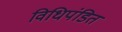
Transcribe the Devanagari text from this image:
विधिपंडित